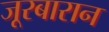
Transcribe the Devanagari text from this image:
जूरबारान